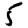
Digit: 5